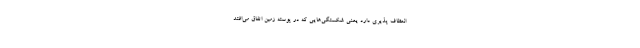
انعطاف پذیری دارد یعنی شکستگی‌هایی که در پوسته زمین اتفاق می‌افتد